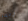
ربما